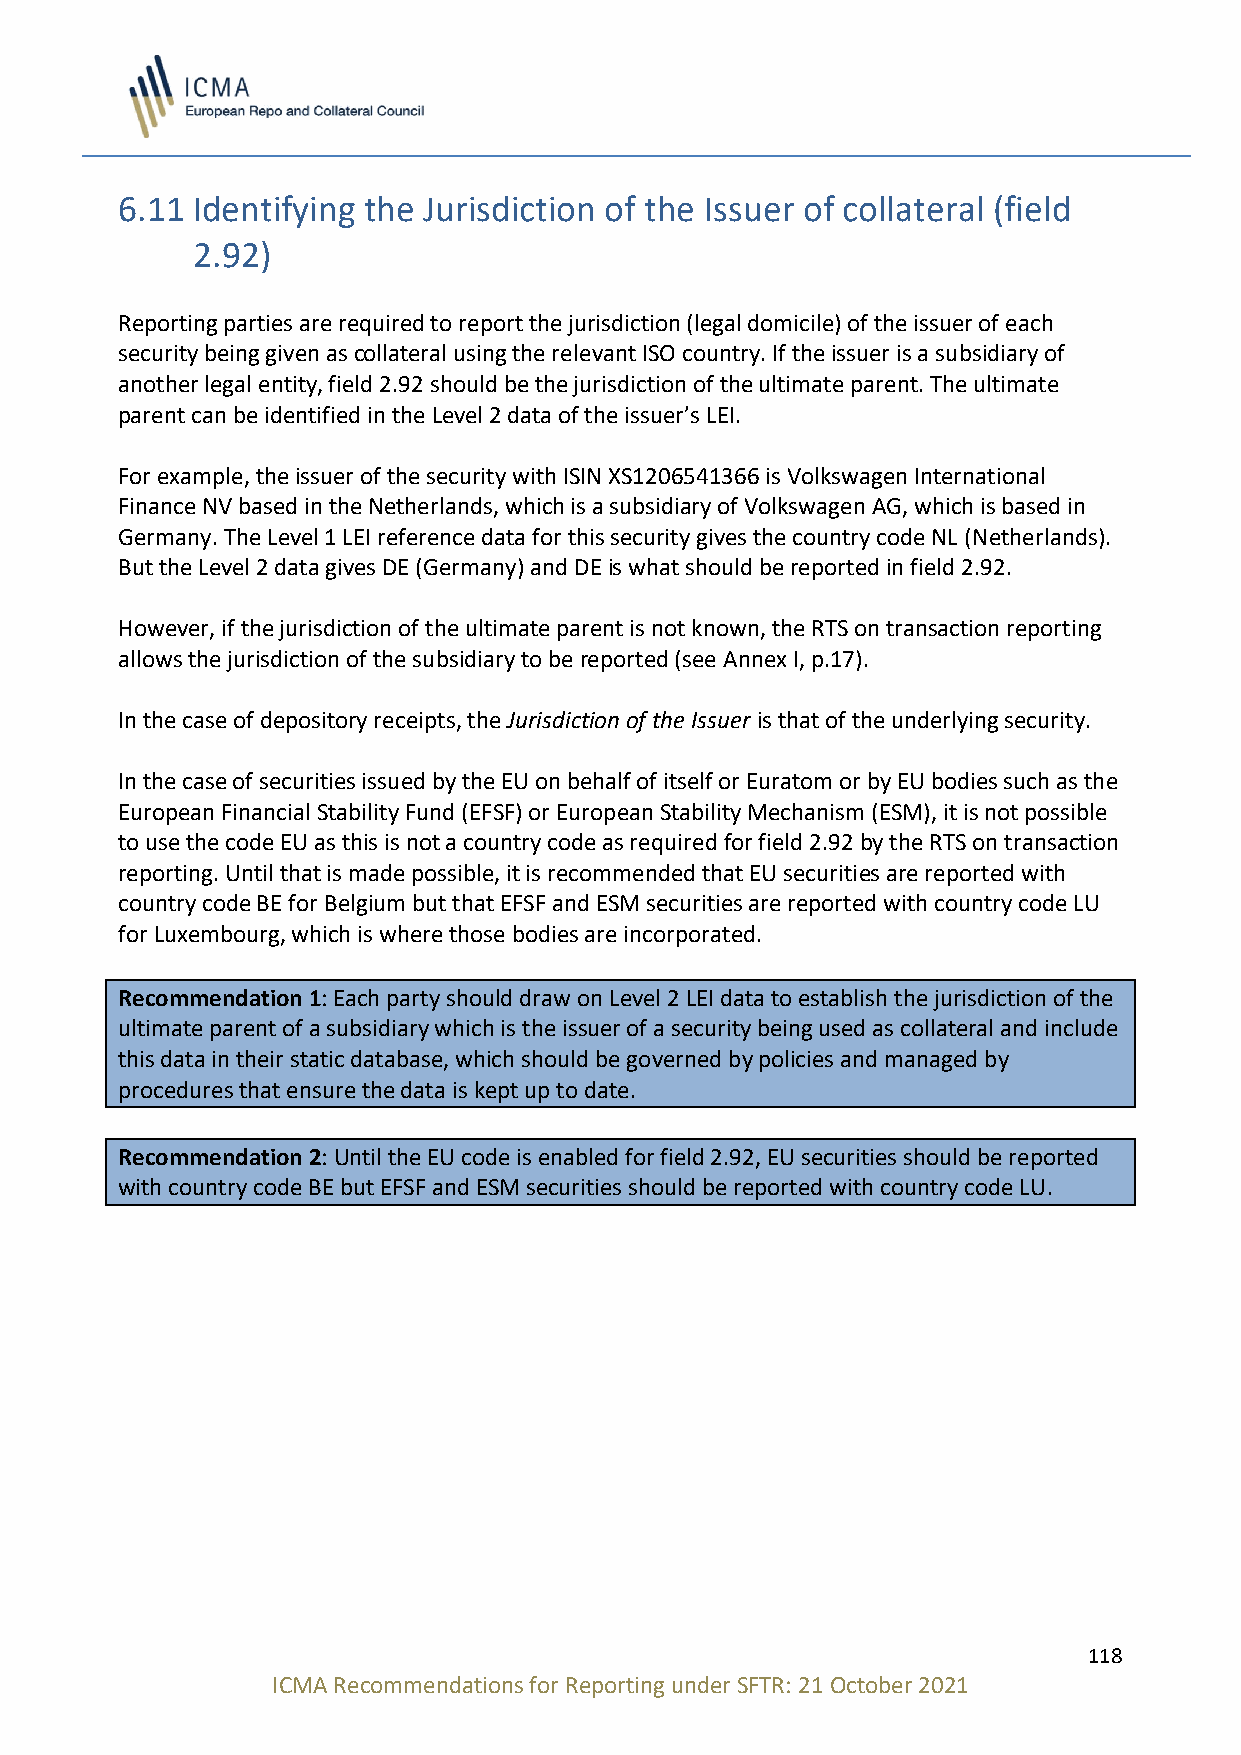
6.11 Identifying the Jurisdiction of the Issuer of collateral (field
 2.92)
 Reporting parties are required to report the jurisdiction (legal domicile) of the issuer of each
 security being given as collateral using the relevant ISO country. If the issuer is a subsidiary of
 another legal entity, field 2.92 should be the jurisdiction of the ultimate parent. The ultimate
 parent can be identified in the Level 2 data of the issuer’s LEI.
 For example, the issuer of the security with ISIN XS1206541366 is Volkswagen International
 Finance NV based in the Netherlands, which is a subsidiary of Volkswagen AG, which is based in
 Germany. The Level 1 LEI reference data for this security gives the country code NL (Netherlands).
 But the Level 2 data gives DE (Germany) and DE is what should be reported in field 2.92.
 However, if the jurisdiction of the ultimate parent is not known, the RTS on transaction reporting
 allows the jurisdiction of the subsidiary to be reported (see Annex I, p.17).
 In the case of depository receipts, the Jurisdiction of the Issuer is that of the underlying security.
 In the case of securities issued by the EU on behalf of itself or Euratom or by EU bodies such as the
 European Financial Stability Fund (EFSF) or European Stability Mechanism (ESM), it is not possible
 to use the code EU as this is not a country code as required for field 2.92 by the RTS on transaction
 reporting. Until that is made possible, it is recommended that EU securities are reported with
 country code BE for Belgium but that EFSF and ESM securities are reported with country code LU
 for Luxembourg, which is where those bodies are incorporated.
 Recommendation 1: Each party should draw on Level 2 LEI data to establish the jurisdiction of the
 ultimate parent of a subsidiary which is the issuer of a security being used as collateral and include
 this data in their static database, which should be governed by policies and managed by
 procedures that ensure the data is kept up to date.
 Recommendation 2: Until the EU code is enabled for field 2.92, EU securities should be reported
 with country code BE but EFSF and ESM securities should be reported with country code LU.
 118
 ICMA Recommendations for Reporting under SFTR: 21 October 2021